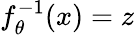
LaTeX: f_{\theta}^{-1}(x)=z